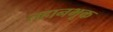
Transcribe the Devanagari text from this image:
तहानभूक